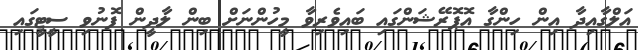
އަލްގާއިދާ އިން ހިންގާ އޮޕޮރޭޝަންގައި ބައިވެރިވާ މީހުންނަށް ބިން ލާދީން ފޮނުވި ސީޓީގައި